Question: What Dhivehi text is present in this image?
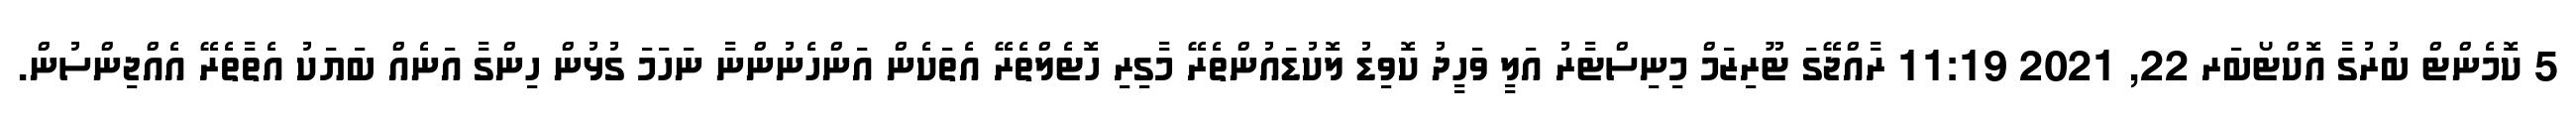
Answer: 5 ކޮމެންޓް ބުރުގާ އޮކްޓޯބަރ 22, 2021 11:19 ރާއްޖޭގަ ޓޫރިޒަމް މިނިސްޓާރު އަލީ ވަހީދު ކޮވިޑު ލޮކުޑައުންތެރޭ މާގިރި ހޮޓެލްތެރޭ އެތަކެން އަންހެނުންނާ ނަހަމަ ގުޅުން ހިންގާ އަނެއް ބަޔަކު އެތާތެރޭ އެއްޖިންސުން.